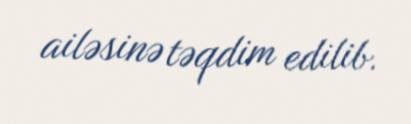
ailəsinə təqdim edilib.